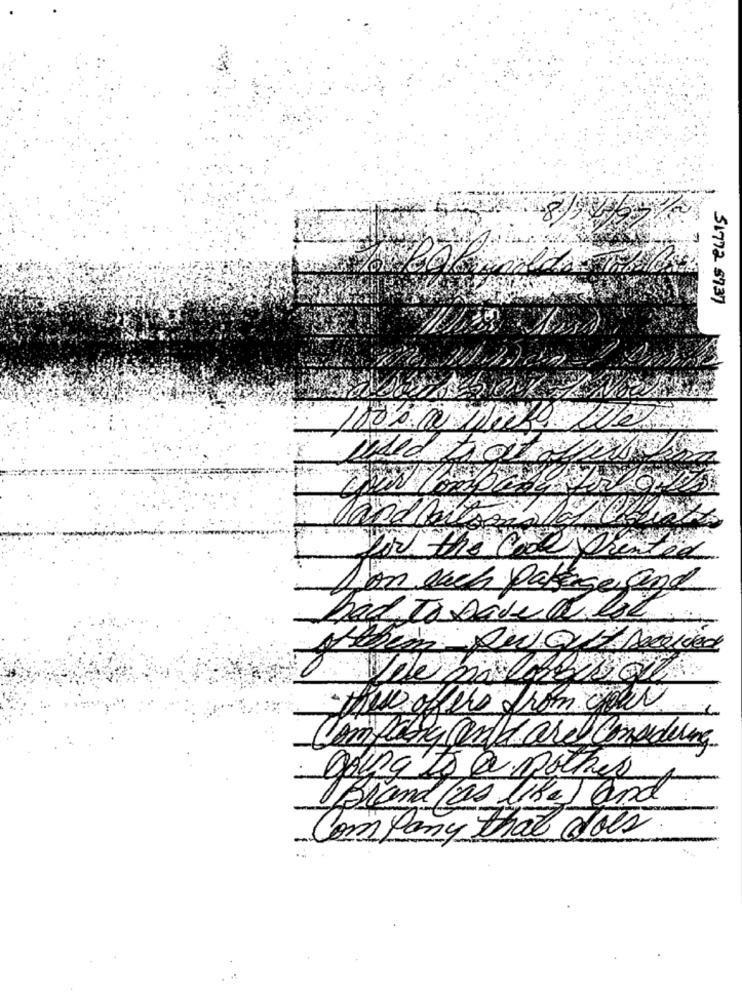
51772 $7.37
100% @ werk
vided fou
landhaus
For the Color
1 on each pakage and
had To save a lot
the off the from your
Company and are Considering
gonato@ mother
Brand /as like) and
Company that does